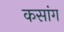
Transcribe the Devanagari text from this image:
कसांग